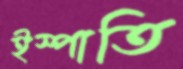
ইস্পাতি